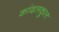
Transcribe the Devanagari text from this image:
कांदलकुल